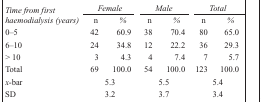
| <ROWSPAN=2> Time from first haemodialysis (years) | <COLSPAN=2> Female | <COLSPAN=2> Male | <COLSPAN=2> Total |
 | n | % | n | % | n | % |
 | --- | --- | --- | --- | --- | --- | --- |
 | 0–5 | 42 | 60.9 | 38 | 70.4 | 80 | 65.0 |
 | 6–10 | 24 | 34.8 | 12 | 22.2 | 36 | 29.3 |
 | > 10 | 3 | 4.3 | 4 | 7.4 | 7 | 5.7 |
 | Total | 69 | 100.0 | 54 | 100.0 | 123 | 100.0 |
 | x-bar | <COLSPAN=2> 5.3 | <COLSPAN=2> 5.5 | <COLSPAN=2> 5.4 |
 | SD | <COLSPAN=2> 3.2 | <COLSPAN=2> 3.7 | <COLSPAN=2> 3.4 |